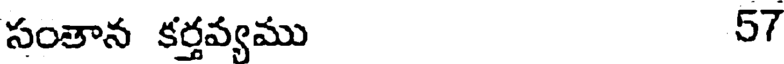
సంతాన కర్తవ్యము 57